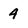
Character: 4